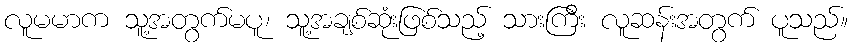
လူမမာက သူ့အတွက်မပူ၊ သူ့အချစ်ဆုံးဖြစ်သည့် သားကြီး လူဆန်းအတွက် ပူသည်။